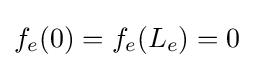
f_{e}(0)=f_{e}(L_{e})=0